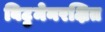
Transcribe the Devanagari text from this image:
बिटुमेनरक्षित